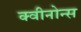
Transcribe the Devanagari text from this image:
क्वीनोन्स